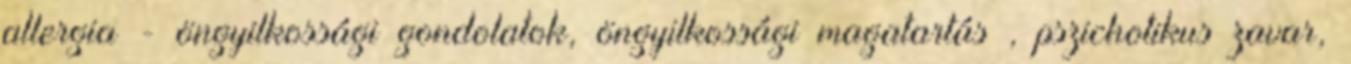
allergia - öngyilkossági gondolatok, öngyilkossági magatartás , pszichotikus zavar,